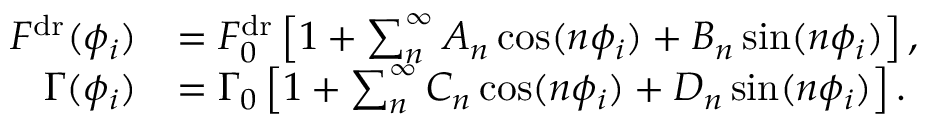
\begin{array} { r l } { F ^ { \mathrm { d r } } ( \phi _ { i } ) } & { = F _ { 0 } ^ { \mathrm { d r } } \left[ 1 + \sum _ { n } ^ { \infty } A _ { n } \cos ( n \phi _ { i } ) + B _ { n } \sin ( n \phi _ { i } ) \right] , } \\ { \Gamma ( \phi _ { i } ) } & { = \Gamma _ { 0 } \left[ 1 + \sum _ { n } ^ { \infty } C _ { n } \cos ( n \phi _ { i } ) + D _ { n } \sin ( n \phi _ { i } ) \right] . } \end{array}